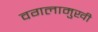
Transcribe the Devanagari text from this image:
वगलामुखी